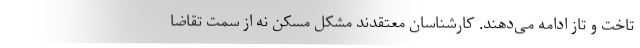
تاخت و تاز ادامه می‌دهند. کارشناسان معتقدند مشکل مسکن نه از سمت تقاضا